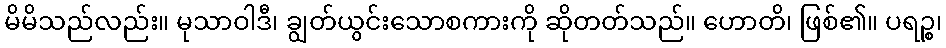
မိမိသည်လည်း။ မုသာဝါဒီ၊ ချွတ်ယွင်းသောစကားကို ဆိုတတ်သည်။ ဟောတိ၊ ဖြစ်၏။ ပရဉ္စ၊